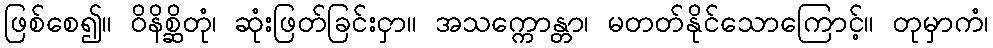
ဖြစ်စေ၍။ ဝိနိစ္ဆိတုံ၊ ဆုံးဖြတ်ခြင်းငှာ။ အသက္ကောန္တာ၊ မတတ်နိုင်သောကြောင့်။ တုမှာကံ၊